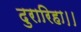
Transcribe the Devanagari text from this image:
दुरारिहा।।